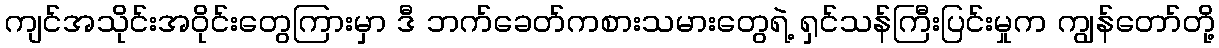
ကျင်အသိုင်းအဝိုင်းတွေကြားမှာ ဒီ ဘက်ခေတ်ကစားသမားတွေရဲ့ ရှင်သန်ကြီးပြင်းမှုက ကျွန်တော်တို့